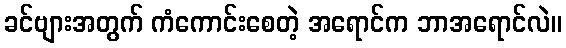
ခင်ဗျားအတွက် ကံကောင်းစေတဲ့ အရောင်က ဘာအရောင်လဲ။